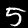
Label: 5